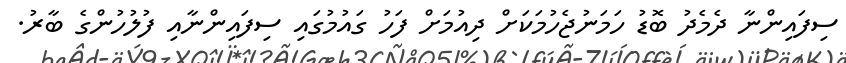
ސިފައިންނާ ދެމެދު ބޮޑު ހަމަނުޖެހުމަކަށް ދިއުމަށް ފަހު ގައުމުގައި ސިފައިންނާއި ފުލުހުންގެ ބާރު.